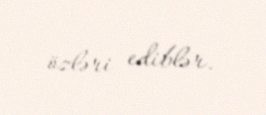
özləri ediblər.